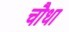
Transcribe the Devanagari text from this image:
चौधा